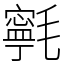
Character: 㲰